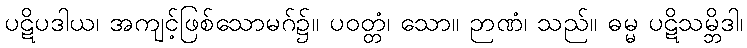
ပဋိပဒါယ၊ အကျင့်ဖြစ်သောမဂ်၌။ ပဝတ္တံ၊ သော။ ဉာဏံ၊ သည်။ ဓမ္မ ပဋိသမ္ဘိဒါ၊